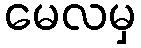
မေလမှ